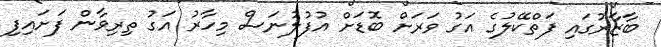
ބާޒާރުގައި ފަތްކޭލުގެ އަގު ވަރަށް ބޮޑަށް އުފުލުނަސް މިހާރު އަގު ތިރިވާން ފަށައިފި